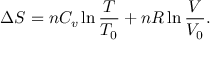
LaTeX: \Delta S = n C _ { v } \ln { \frac { T } { T _ { 0 } } } + n R \ln { \frac { V } { V _ { 0 } } } .